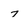
Character: 7